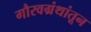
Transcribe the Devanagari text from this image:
गौरवग्रंथांतून